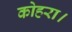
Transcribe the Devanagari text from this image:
कोहरा।